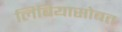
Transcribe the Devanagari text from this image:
लिबियासोबत